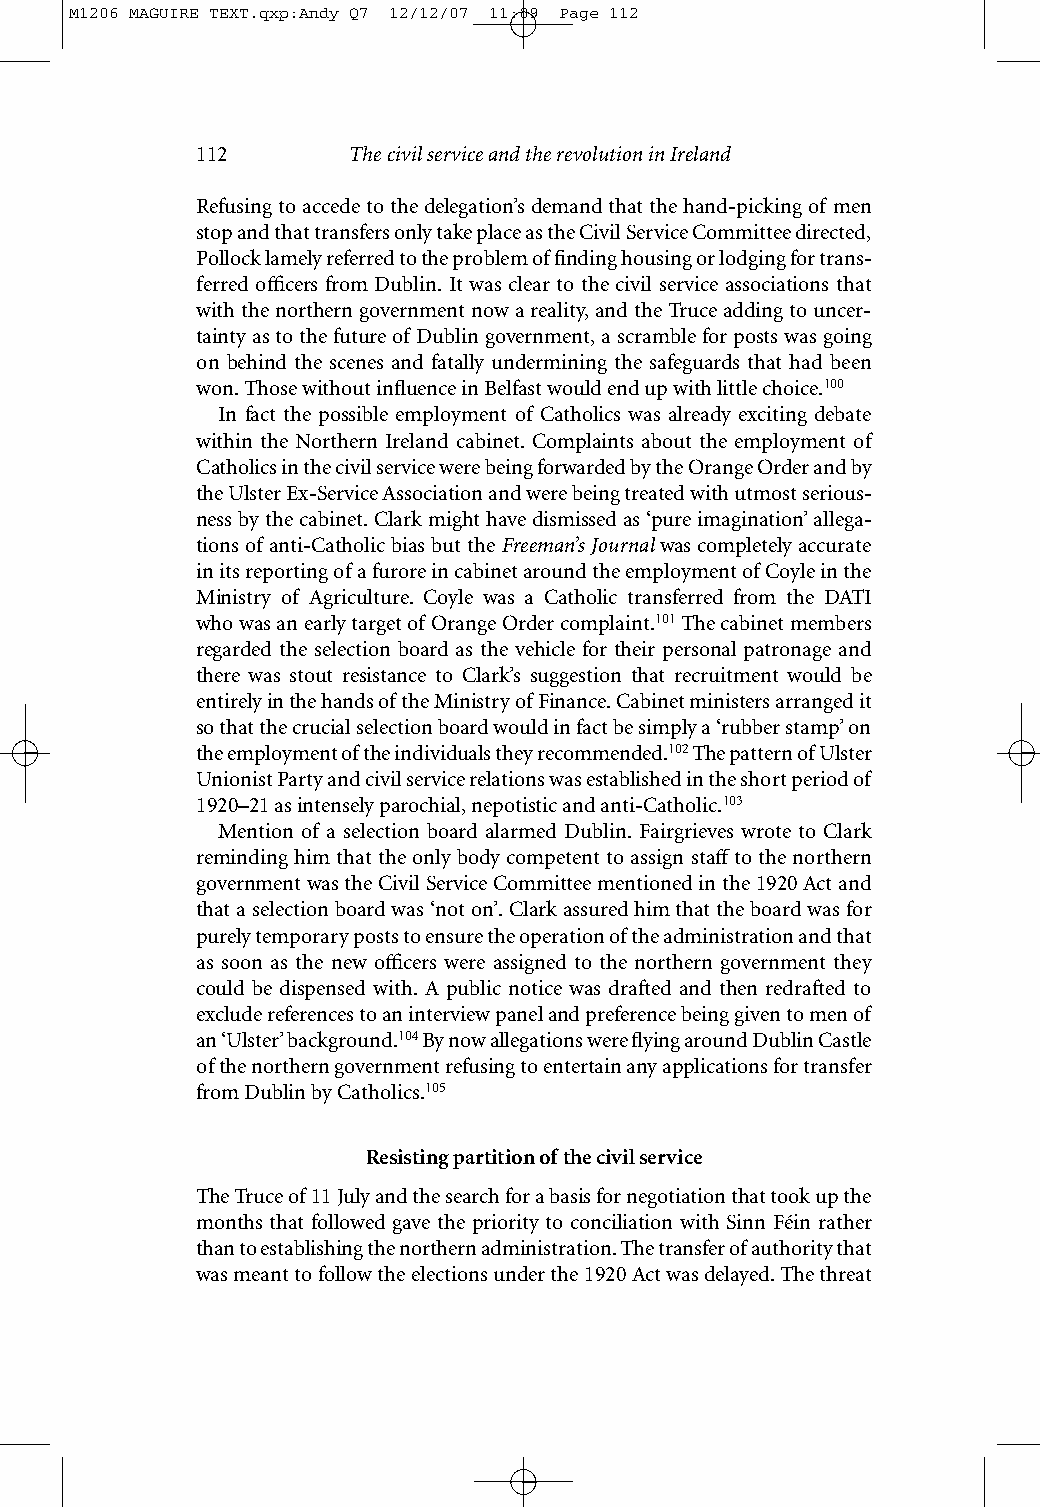
M1206 MAGUIRE TEXT.qxp:Andy Q7 12/12/07 11:09 Page 112
 112       The civil service and the revolution in Ireland
 Refusing to accede to the delegation’s demand that the hand-picking of men
 stop and that transfers only take place as the Civil Service Committee directed,
 Pollock lamely referred to the problem of finding housing or lodging for trans-
 ferred officers from Dublin. It was clear to the civil service associations that
 with the northern government now a reality, and the Truce adding to uncer-
 tainty as to the future of Dublin government, a scramble for posts was going
 on behind the scenes and fatally undermining the safeguards that had been
 won. Those without influence in Belfast would end up with little choice.100
 In fact the possible employment of Catholics was already exciting debate
 within the Northern Ireland cabinet. Complaints about the employment of
 Catholics in the civil service were being forwarded by the Orange Order and by
 the Ulster Ex-Service Association and were being treated with utmost serious-
 ness by the cabinet. Clark might have dismissed as ‘pure imagination’ allega-
 tions of anti-Catholic bias but the Freeman’s Journalwas completely accurate
 in its reporting of a furore in cabinet around the employment of Coyle in the
 Ministry of Agriculture. Coyle was a Catholic transferred from the DATI
 whowas an early target of Orange Order complaint.101The cabinet members
 regarded the selection board as the vehicle for their personal patronage and
 there was stout resistance to Clark’s suggestion that recruitment would be
 entirely in the hands of the Ministry of Finance. Cabinet ministers arranged it
 so that the crucial selection board would in fact be simply a ‘rubber stamp’ on
 the employment of the individuals they recommended.102The pattern of Ulster
 Unionist Party and civil service relations was established in the short period of
 1920–21 as intensely parochial, nepotistic and anti-Catholic.103
 Mention of a selection board alarmed Dublin. Fairgrieves wrote to Clark
 reminding him that the only body competent to assign staff to the northern
 government was the Civil Service Committee mentioned in the 1920 Act and
 that a selection board was ‘not on’. Clark assured him that the board was for
 purely temporary posts to ensure the operation of the administration and that
 as soon as the new officers were assigned to the northern government they
 could be dispensed with. A public notice was drafted and then redrafted to
 exclude references to an interview panel and preference being given to men of
 an ‘Ulster’ background.104By now allegations were flying around Dublin Castle
 of the northern government refusing to entertain any applications for transfer
 from Dublin by Catholics.105
 Resisting partition of the civil service
 The Truce of 11 July and the search for a basis for negotiation that took up the
 months that followed gave the priority to conciliation with Sinn Féin rather
 than to establishing the northern administration. The transfer of authority that
 was meant to follow the elections under the 1920 Act was delayed. The threat